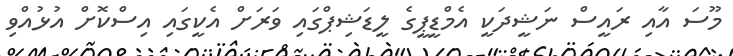
މޫސަ އާއި ރައީސް ނަޝީދަކީ އެމްޑީޕީގެ ލީޑަޝިޕްގައި ވަރަށް އެކީގައި އިސްކޮށް އުޅުއްވި